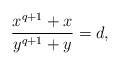
LaTeX: \begin{align*}\frac{x^{q+1} + x}{y^{q+1} + y} = d,\end{align*}